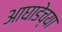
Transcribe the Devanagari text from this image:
आघाडेच्या